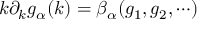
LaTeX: k \partial _ { k } g _ { \alpha } ( k ) = \beta _ { \alpha } ( g _ { 1 } , g _ { 2 } , \cdots )